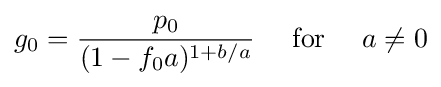
g_{0}={\frac {p_{0}}{(1-f_{0}a)^{1+b/a}}}\quad {\text{ for }}\quad a\neq 0